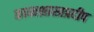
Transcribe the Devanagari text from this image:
काव्यशास्त्रप्रदीप